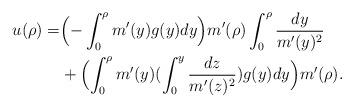
LaTeX: \begin{align*}u(\rho)=&\Bigl(-\int_0^\rho m'(y)g(y)dy\Bigr)m'(\rho)\int_0^\rho\frac{dy}{m'(y)^2} \\&+ \Bigl(\int_0^\rho m'(y) (\int_0^y \frac{dz}{m'(z)^2}) g(y)dy \Bigr)m'(\rho).\end{align*}